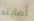
أصابته